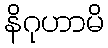
နိဂုဟာမိ